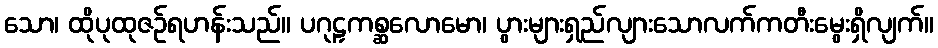
သော၊ ထိုပုထုဇဉ်ရဟန်းသည်။ ပဂုဠှကစ္ဆလောမော၊ ပွားများရှည်လျားသောလက်ကတီးမွေးရှိလျက်။